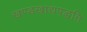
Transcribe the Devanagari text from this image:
खण्डखाद्यपद्धति